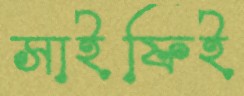
সাইফিই